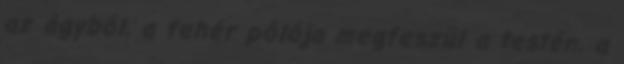
az ágyból, a fehér pólója megfeszül a testén, a